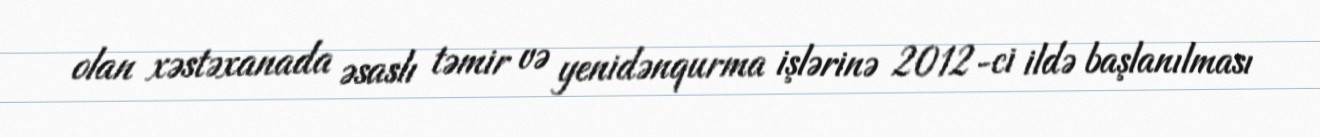
olan xəstəxanada əsaslı təmir və yenidənqurma işlərinə 2012-ci ildə başlanılması